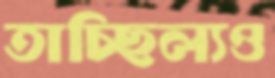
তাচ্ছিল্যও